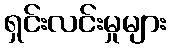
ရှင်းလင်းမှုများ